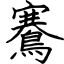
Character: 鶱